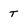
Character: T